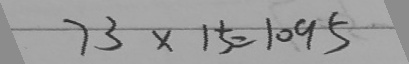
7 3 \times 1 5 = 1 0 9 5